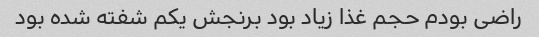
راضی بودم حجم غذا زیاد بود برنجش یکم شفته شده بود